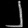
Digit: ၂